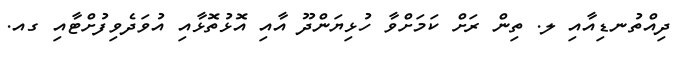
ދިއްތުނޑިއާއި ލ. ތިން ރަށް ކަމަށްވާ ހުޅިޔަންދޫ އާއި އޮޅުތޮޅާއި އުވަދެވިފުށްޓާއި ގއ.